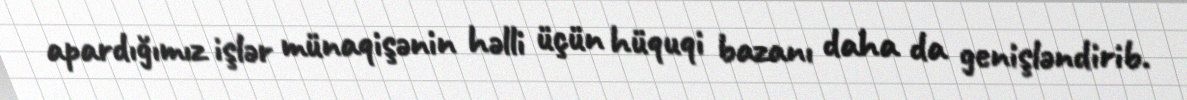
apardığımız işlər münaqişənin həlli üçün hüquqi bazanı daha da genişləndirib.